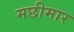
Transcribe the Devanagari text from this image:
मछीमार